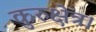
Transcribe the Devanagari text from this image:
कुरुक्षेत्र।